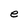
Character: e